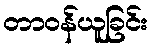
တာဝန်ယူခြင်း